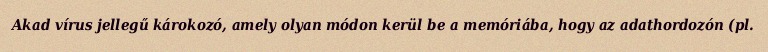
Akad vírus jellegű károkozó, amely olyan módon kerül be a memóriába, hogy az adathordozón (pl.